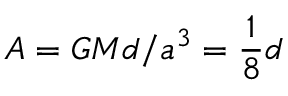
A = G M d / a ^ { 3 } = \frac { 1 } { 8 } d